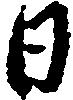
日